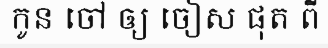
កូន ចៅ ឲ្យ ចៀស ផុត ពី